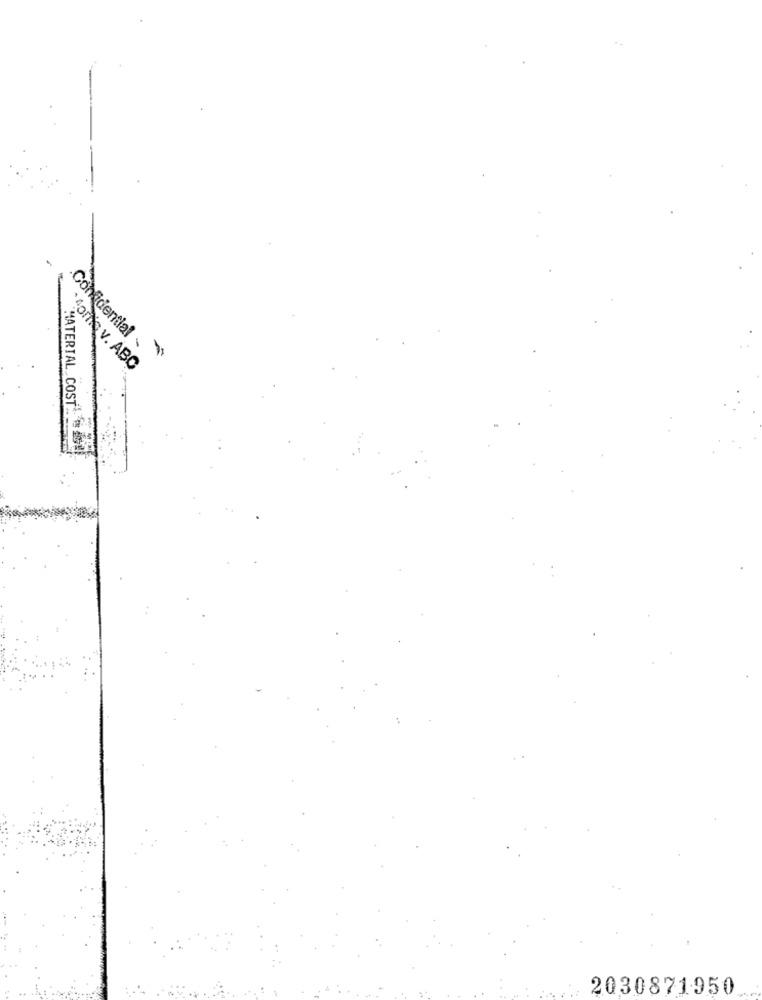
Confidential
Gorie v. ABC
MATERIAL COST' 4G8)
2030871950